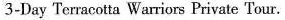
3-Day Terracotta Wariors Private Tour.